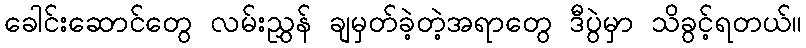
ခေါင်းဆောင်တွေ လမ်းညွှန် ချမှတ်ခဲ့တဲ့အရာတွေ ဒီပွဲမှာ သိခွင့်ရတယ်။